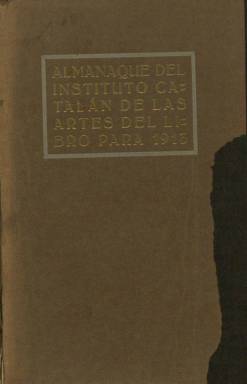
Título: Almanaque del Instituto Catalán de las Artes del Libro
Colección: Almanaques || Artes gráficas || Libros
Ámbito geográfico: Barcelona
Lugar de publicación: Barcelona
Fechas: 01/01/1913-31/12/1913

Anuario para el año 1913, editado por el Instituto Catalán de las Artes del Libro = Institut Català de les Arts del Llibre. Es un volumen editado con gran esmero y belleza, de unas trescientas páginas, estampadas sobre papel cuché e impreso en los Talleres de la Escuela Práctica Profesional = Escola Pràctica d’Artes Gràfiques, creada por la citada entidad en 1905. Se sabe de la existencia de otros dos almanaques para 1912 y 1918, respectivamente, publicados por este instituto, que, junto a la Unión Sindical de las Industria del Libro, editaron también, como órgano oficial, la Revista gráfica (1900-1928).

El almanaque está “dedicado a los socios” del instituto, cuya lista y personal directivo da cuenta, clasificados de mérito y de número, entre impresores, litógrafos, encuadernadores, fotograbadores, editores y libreros, así como dibujantes, grabadores y literatos, pues en su origen esta entidad, que estuvo funcionando hasta 1939, sirvió para la defensa del derecho a la propiedad intelectual.

Comienza el volumen con un calendario mensual con el santoral y las correspondientes páginas de notas al estilo de una agenda, y le sigue una crónica del III Congreso Nacional de las Artes del Libro, así como una serie de artículos técnico-artísticos de especialistas: El dibujo aplicado a las artes gráficas, de Joaquín Freixes Saurí; Colocación de grabados apaisados en los libros, de Juan Russell; Composición de menús, de Joaquín Ballester; Algo más de la tricromía, de Luis Serra; De la litografía, de Enrique Casamada, y otro sobre La encuadernación, de Enrique Massagué.

También publica un largo trabajo bajo el epígrafe Nociones de gramática y en especial de ortografía castellana, de Miguel Lozano Ribas, así como una breve semblanza de Marcelino Menéndez Pelayo, con un retrato del célebre polígrafo, de Rafael V. SIlvari, y la lista de asignaturas y profesores de la citada escuela profesional.

Además, el volumen está bellamente ilustrado con grabados y fotograbados, así como con láminas fuera de texto, algunas de ellas reproducciones pictóricas y estampadas tanto tricromía como en cuatricromía, que integran una serie de trabajos (que denomina suplementos), obra de una veintena de establecimientos catalanes de artes gráficas (Richard Gans, Henrich y Cª, L’Avenç, Ch. Lorilleux y Cª, Sucesor de J. de Neufville, Sucesores de A. López, Sucesores de Torras Hermanos, A. Torras, Viuda de Luis Tasso, Viuda de J. Miquel y Rius o Tipografía La Académica, entre otros), así como inserciones publicitarias de maquinaria y utensilios de impresión, composición o encuadernación de otras empresas e industrias de las artes gráficas.